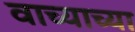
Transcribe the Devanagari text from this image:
वाच्याच्या